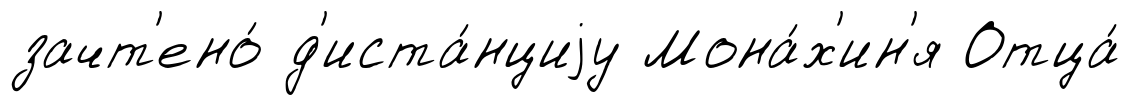
зачт'ено́ д'иста́нциjу Мона́х'ин'я Отца́